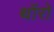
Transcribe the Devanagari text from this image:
थॉरो